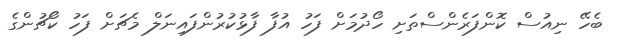
ބެހޭ ނިއުސް ކޮންފަރެންސްތަށި ހޯދުމަށް ފަހު އުފާ ފާޅުކުރުންފައިނަލް މެޗަށް ފަހު ކޯޗުންގެ